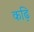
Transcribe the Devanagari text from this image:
कढ़ि